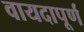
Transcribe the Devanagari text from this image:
वायदापूर्ण